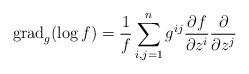
LaTeX: \begin{align*}{\rm grad}_g(\log f)=\frac{1}{f}\sum_{i,j=1}^ng^{ij}\frac{\partial f}{\partial z^i}\frac{\partial}{\partial z^j}\end{align*}